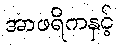
အာဖရိကနှင့်